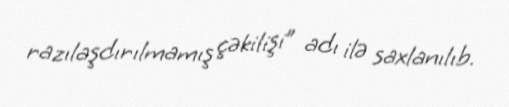
razılaşdırılmamış çəkilişi” adı ilə saxlanılıb.